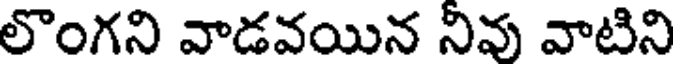
లొంగని వాడవయిన నివు వాటిని